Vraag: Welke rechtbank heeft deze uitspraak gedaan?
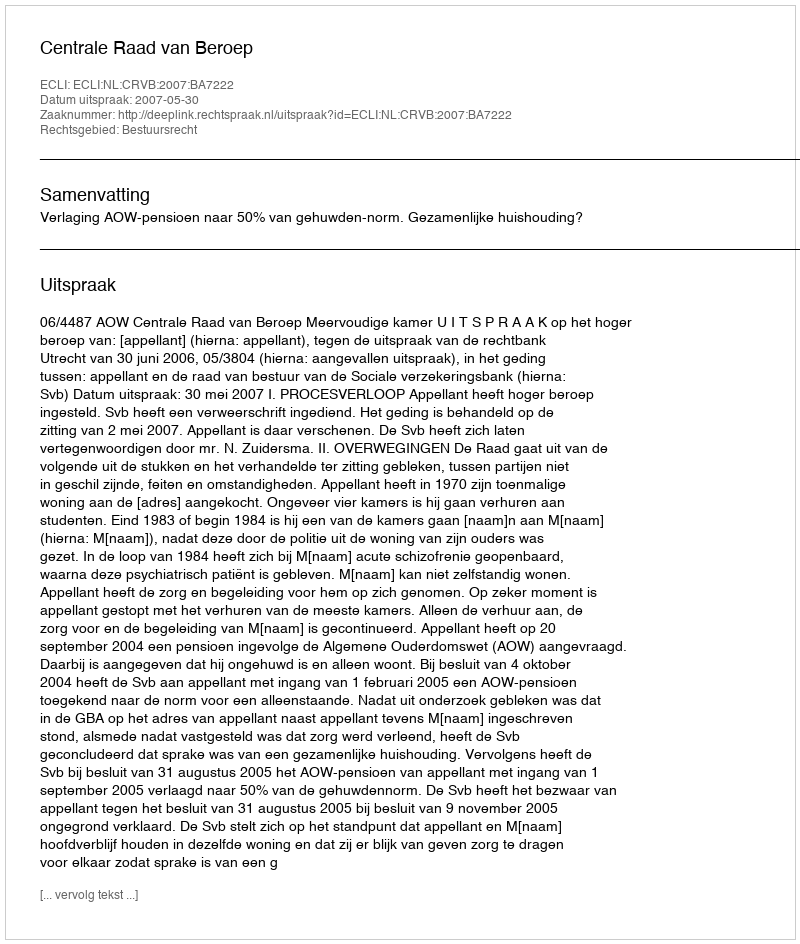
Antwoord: Centrale Raad van Beroep